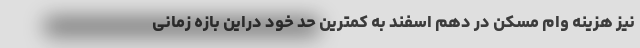
نیز هزینه وام مسکن در دهم اسفند به کمترین حد خود دراین بازه زمانی